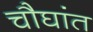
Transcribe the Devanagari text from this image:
चौघांत